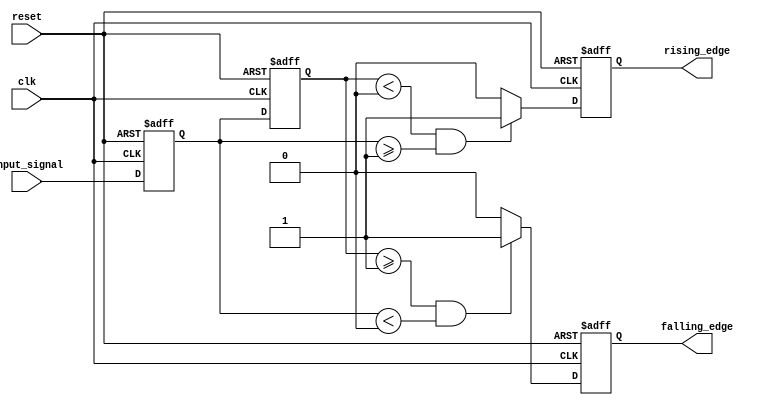
module SchmittTriggerEdgeDetector (
    input wire clk,                // Clock signal
    input wire reset,              // Asynchronous reset
    input wire input_signal,       // Noisy input signal
    output reg rising_edge,        // Output pulse for rising edge
    output reg falling_edge        // Output pulse for falling edge
);

    // Parameters for hysteresis thresholds
    parameter Vth_plus = 1'b1;    // Upper threshold
    parameter Vth_minus = 1'b0;   // Lower threshold

    reg input_sync;                // Synchronized input signal
    reg input_prev;                // Previous state of the input signal

    // Synchronize the input signal with the clock
    always @(posedge clk or posedge reset) begin
        if (reset) begin
            input_sync <= 1'b0;
            input_prev <= 1'b0;
            rising_edge <= 1'b0;
            falling_edge <= 1'b0;
        end else begin
            input_sync <= input_signal;

            // Edge detection logic based on the Schmitt Trigger thresholds
            if (input_prev < Vth_minus && input_sync >= Vth_plus) begin
                rising_edge <= 1'b1; // Rising edge detected
            end else begin
                rising_edge <= 1'b0; // Reset rising edge pulse
            end
            
            if (input_prev >= Vth_plus && input_sync < Vth_minus) begin
                falling_edge <= 1'b1; // Falling edge detected
            end else begin
                falling_edge <= 1'b0; // Reset falling edge pulse
            end
            
            // Update previous input state
            input_prev <= input_sync;
        end
    end

endmodule